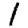
Digit: 1